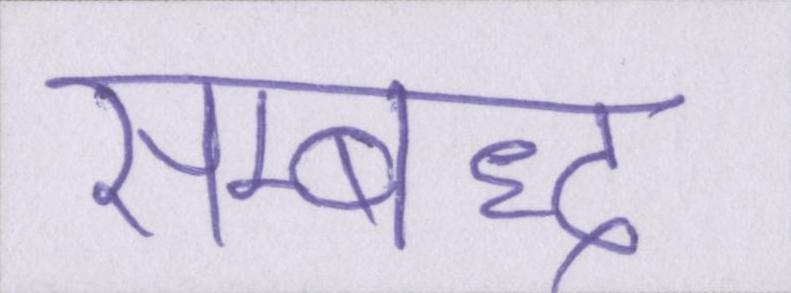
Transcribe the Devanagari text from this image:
सम्बध्द